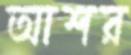
আশর